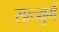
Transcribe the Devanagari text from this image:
सल्ज्बुर्ग